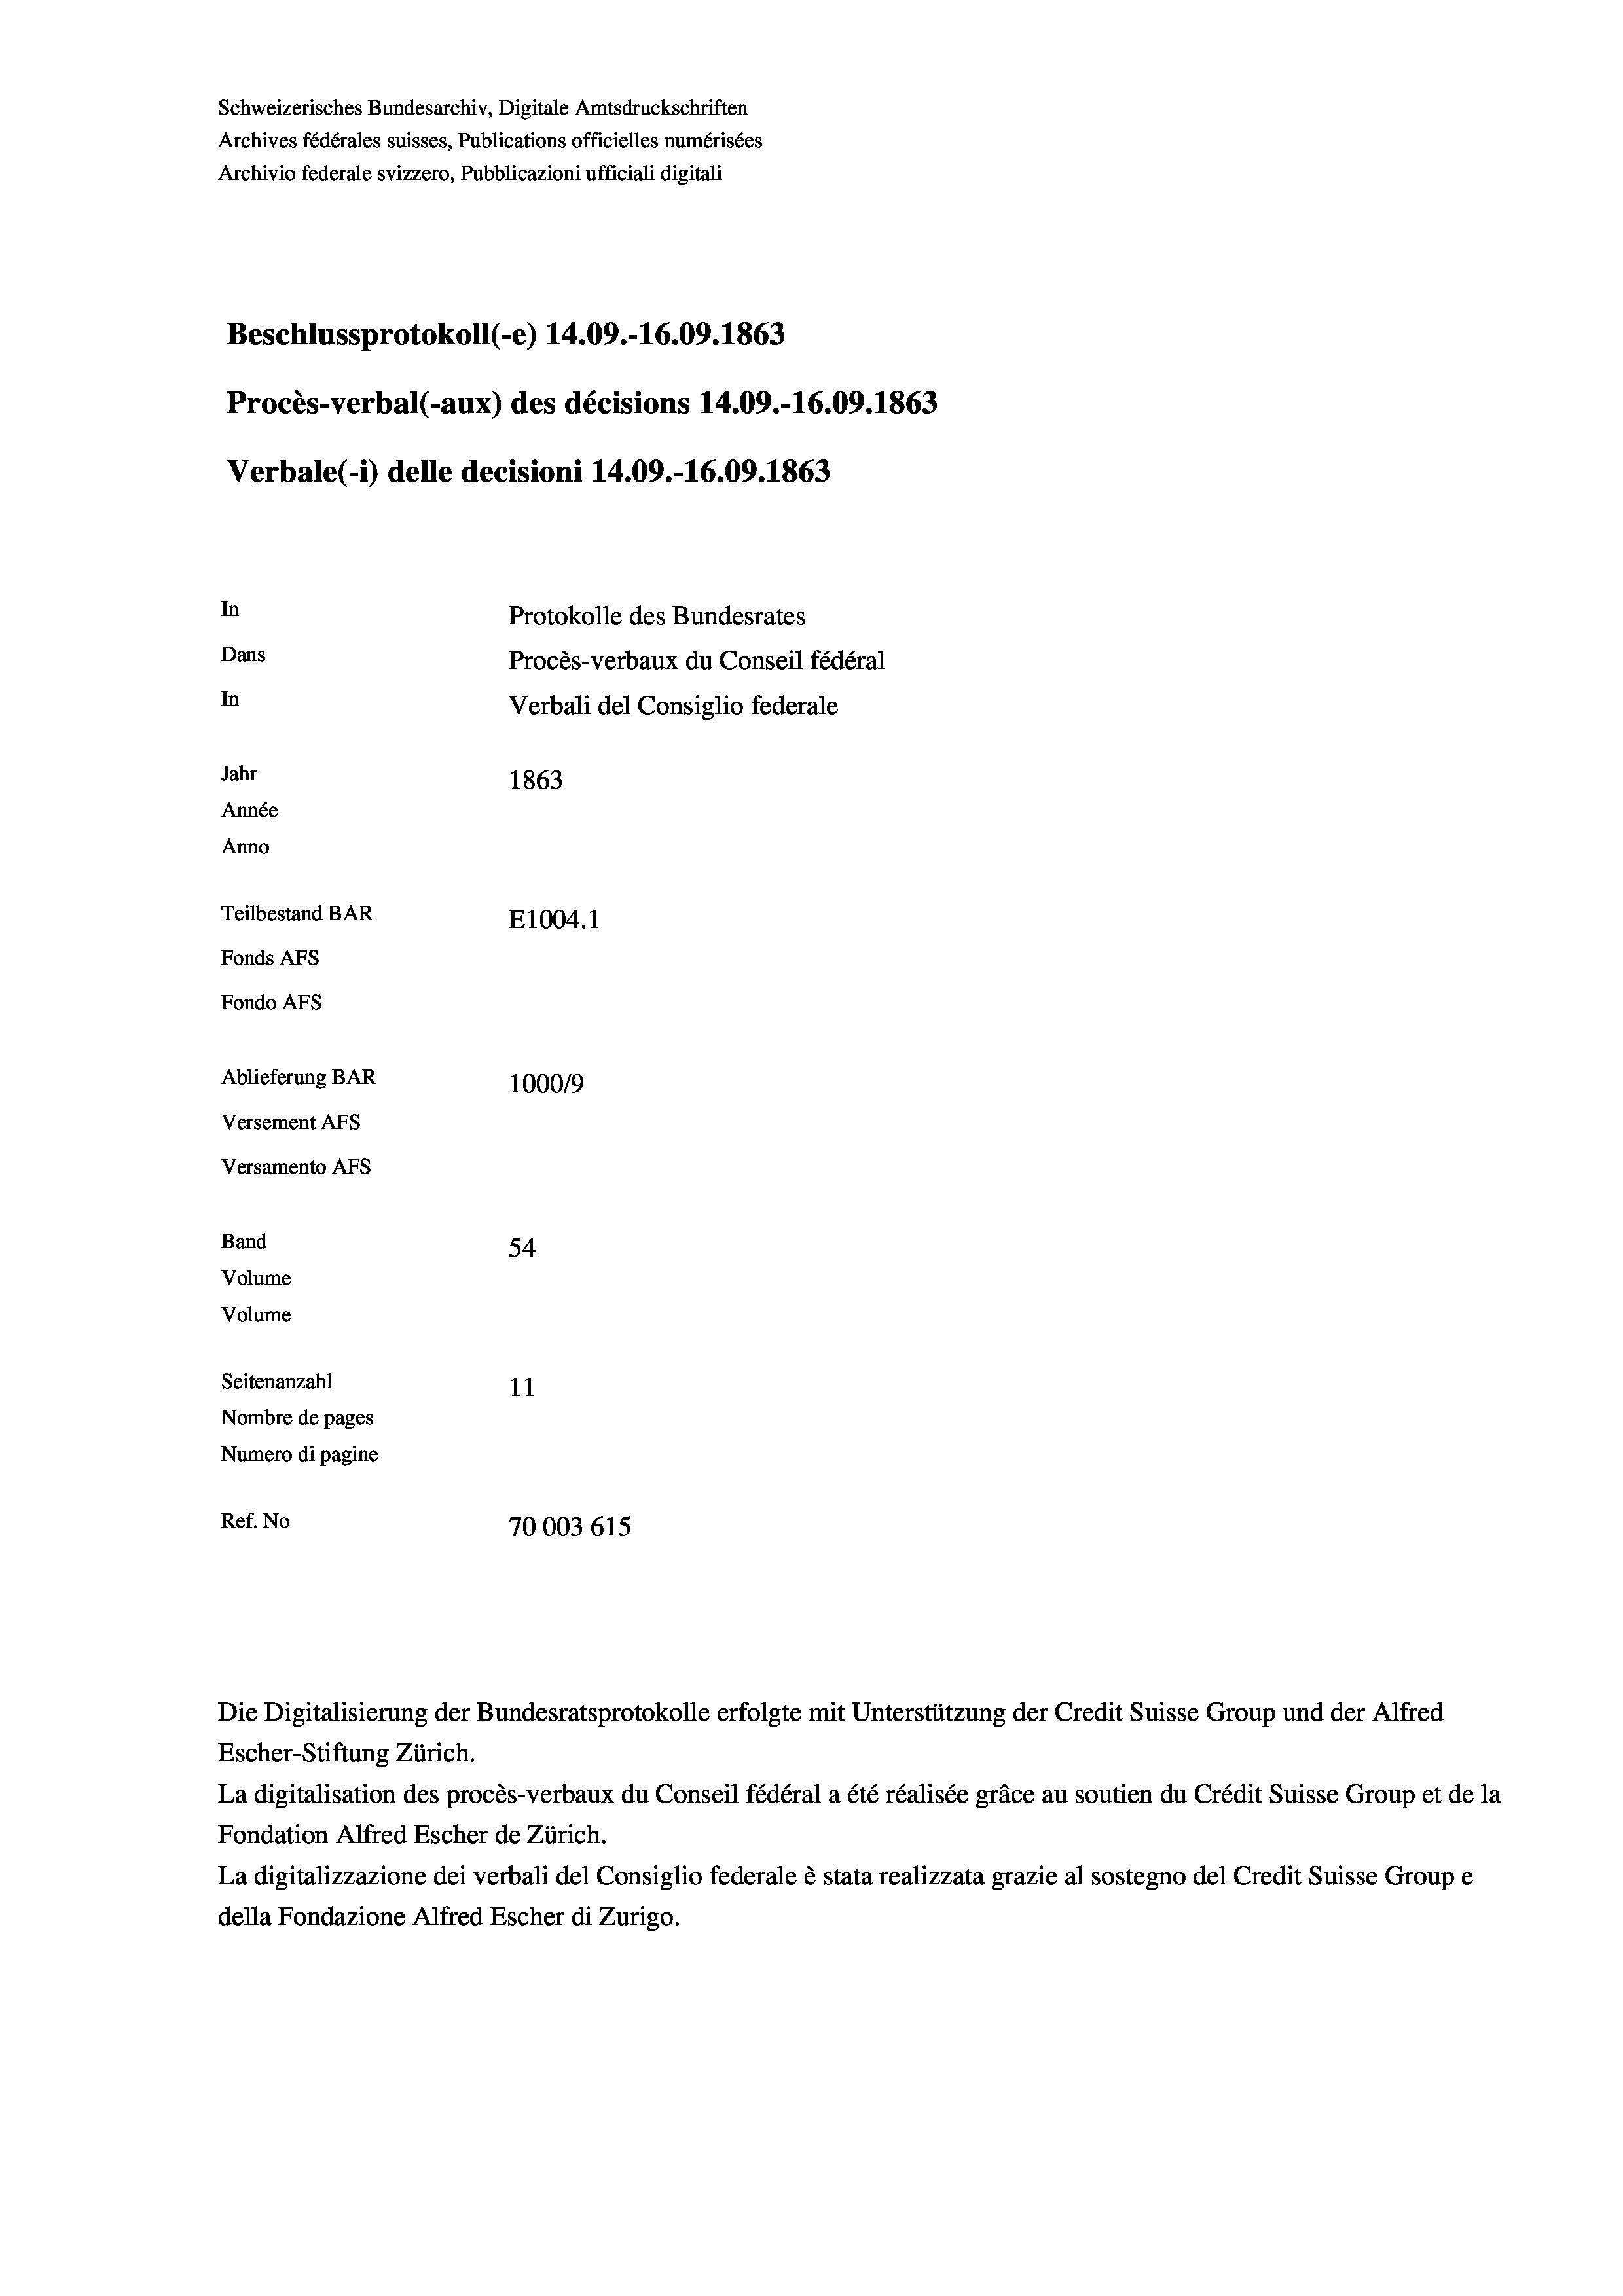
Schweizerisches Bundesarchiv, Digitale Amtsdruckschriften
Archives fédérales suisses, Publications officielles numérisées
Archivio federale svizzero, Pubblicazioni ufficiali digitali
Beschlussprotokoll (-e) 14.09.-16.09. 1863
Procès-verbal (-aux) des décisions 14.09.-16.09. 1863
Verbale (- 1) delle decisioni 14.09.-16.09. 1863
In
Protokolle des Bundesrates
Dans
Procès-verbaux du Conseil fédéral
In
Verbali del Consiglio federale
Jahr
1863
Année
Anno
Teilbestand BAR
E1004. 1
Fonds AFs
Fondo AFS
Ablieferung BAR
100019
Versement AFs
Versamento AFs
Band
54
Volume
Volume

Seitenanzahl
11
Nombre de pages
Numero di pagine
Ref. No
70003 615.

Escher-Stiftung Zürich.
La digitalisation des procès-verbaux du Conseil fédéral a été réalisée gräce au soutien du Crédit Suisse Group et de la
Fondation Alfred Escher de Zürich.
La digitalizzazione dei verbali del Consiglio federale è stata realizzata grazie al sostegno del Credit Suisse Groupe
della Fondazione Alfred Escher di Zurigo.

Die Digitalisierung der Bundesratsprotokolle erfolgte mit Unterstützung der Credit Suisse Group und der Alfred